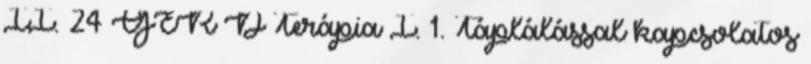
II. 24 GER D Terápia I. 1. Táplálással kapcsolatos